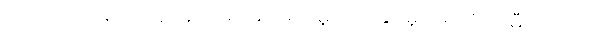
တကယ်လို့ မိသားစုအထဲမှာ မတရားမှုတို့၊ ဖိနှိပ်မှုတို့ရှိလို့ သမီးကြီးက